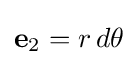
{\bf {e}}_{2}=r\,d\theta